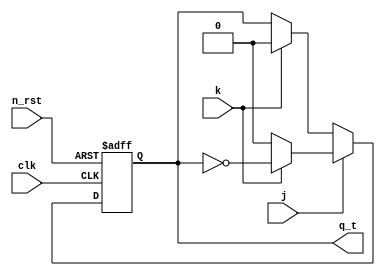
module jk_ff (
    input clk,
    input n_rst,
    input j,
    input k,
    output reg q_t
);

always @(posedge clk or negedge n_rst)
    if(!n_rst)
        q_t <= 1'b0;
    else begin
        if(j == 0) begin
            q_t <= (k == 0)? q_t : 1'b0;
        end
        else begin
            q_t <= (k == 0)? 1'b0 : ~q_t;
        end
    end



endmodule